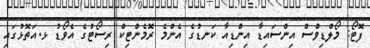
ފޮޓޯ: މޯލްޑިވްސް އިންސައިޑާ އިންޑިއާ ކަނޑުގެ އެންމެ ރޮމެންޓިކް ރިސޯޓުގެ އެވޯޑު ޅ.އަތޮޅުގައި